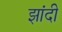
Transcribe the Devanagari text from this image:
झांदी